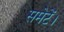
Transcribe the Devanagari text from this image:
समेटें।